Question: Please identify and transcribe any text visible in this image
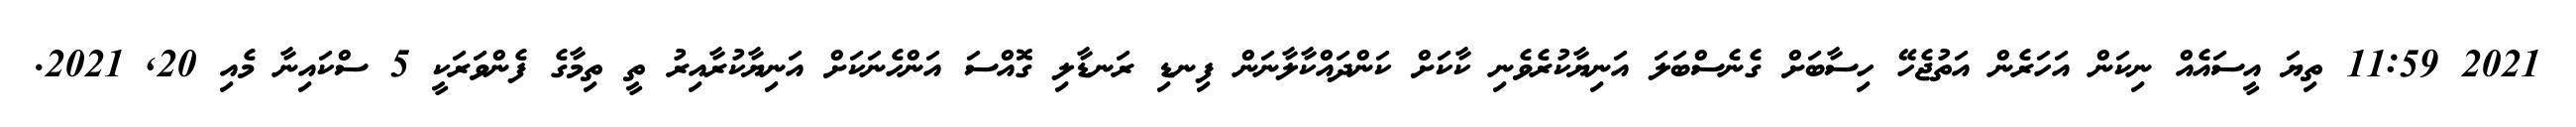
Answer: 2021 11:59 ތިޔަ އީސައެއް ނިކަން އަހަރެން އަތުޖެހޭ ހިސާބަށް ގެނެސްބަލަ އަނިޔާކުރެވެނި ކާކަށް ކަންދައްކާލާނަން ފިނޑި ރަނޑާލި ގޮއްސަ އަންހެނަކަށް އަނިޔާކުރާއިރު ތީ ތިމާގެ ފެންވަރަކީ 5 ސްކައިނާ މެއި 20, 2021.